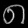
Digit: ၈